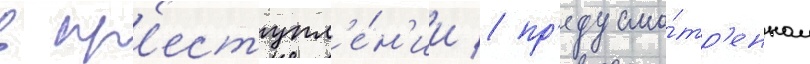
в пр'еступл'е́н'ии / пр'едусмо́тр'енном